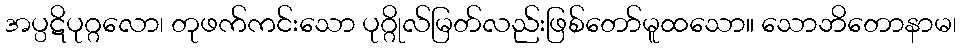
အပ္ပဋိပုဂ္ဂလော၊ တုဖက်ကင်းသော ပုဂ္ဂိုလ်မြတ်လည်းဖြစ်တော်မူထသော။ သောဘိတောနာမ၊